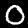
Digit: 0